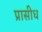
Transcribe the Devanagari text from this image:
प्रासीध